Lunatic asylums Burma 1907-21 - 1907-1921
Year: 1907
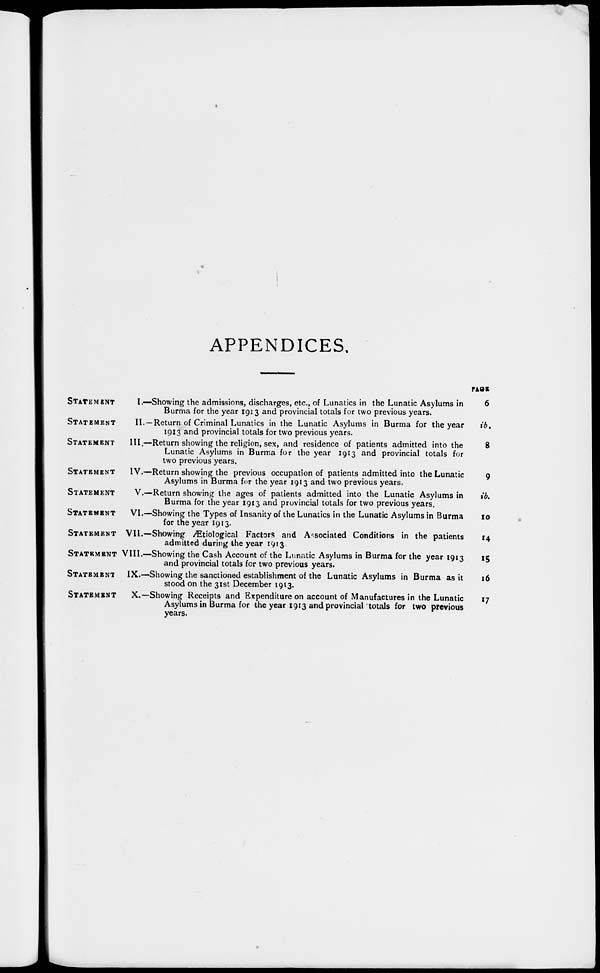
APPENDICES
STATEMENT
I.—
STATEMENT
II.—
STATEMENT
III.—
STATEMENT
IV.—
STATEMENT
V.—
STATEMENT
VI.—
STATEMENT
VII.—
STATEMENT
VIII.—
STATEMENT
IX.—
STATEMENT
X.—
Showing the admissions, discharges, etc., of Lunatics in the Lunatic Asylums in
Burma for the year 1913 and provincial totals for two previous years.
Return of Criminal Lunatics in the Lunatic Asylums in Burma for the year
1913 and provincial totals for two previous years.
Return showing the religion, sex, and residence of patients admitted into the
Lunatic Asylums in Burma for the year 1913 and provincial totals for
two previous years.
Return showing the previous occupation of patients admitted into the Lunatic
Asylums in Burma for the year 1913 and two previous years.
Return showing the ages of patients admitted into the Lunatic Asylums in
Burma for the year 1913 and provincial totals for two previous years.
Showing the Types of Insanity of the Lunatics in the Lunatic Asylums in Burma
for the year 1913.
Showing Ætiological Factors and Associated Conditions in the patients
admitted during the year 1913
Showing the Cash Account of the Lunatic Asylums in Burma for the year 1913
and provincial totals for two previous years.
Showing the sanctioned establishment of the Lunatic Asylums in Burma as it
stood on the 31st December 1913.
Showing Receipts and Expenditure on account of Manufactures in the Lunatic
Asylums in Burma for the year 1913 and provincial totals for two previous
years.
PAGE
6
lb.
8
9
ib.
10
14
15
16
17